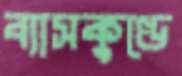
ব্যাসকুণ্ডে